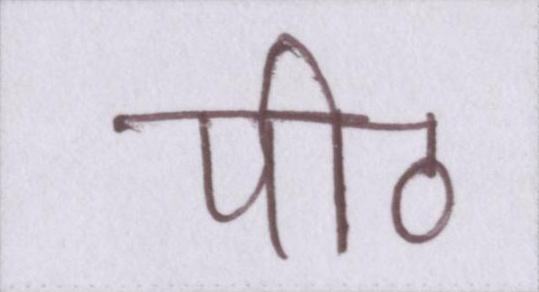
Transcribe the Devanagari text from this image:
पीठ